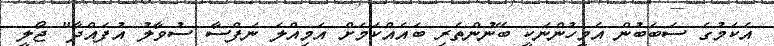
އެކަމުގެ ސަބަބުން އެމީހުންނަކީ ބޭނުންތެރި ބައެއްކަމަށް އަމިއްލަ ނަފްސާ ސުވާލު އުފައްދާ" ޖޯލީ